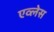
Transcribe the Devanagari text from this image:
एव्लेस